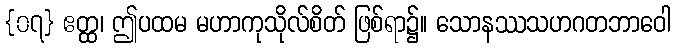
{၀၇} ဧတ္ထ၊ ဤပထမ မဟာကုသိုလ်စိတ် ဖြစ်ရာ၌။ သောနဿသဟဂတဘာဝေါ